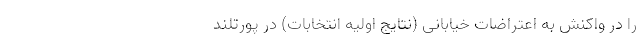
را در واکنش به اعتراضات خیابانی (نتایج اولیه انتخابات) در پورتلند